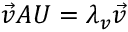
\vec { v } A U = \lambda _ { v } \vec { v }